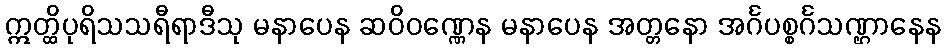
ဣတ္ထိပုရိသသရီရာဒီသု မနာပေန ဆဝိဝဏ္ဏေန မနာပေန အတ္တနော အင်္ဂပစ္စင်္ဂသဏ္ဌာနေန